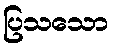
ပြသသော